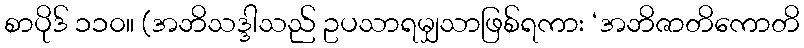
စာပိုဒ် ၁၁၀။ (အဘိသဒ္ဒါသည် ဥပသာရမျှသာဖြစ်ရကား ‘အဘိဇာတိကောတိ